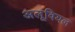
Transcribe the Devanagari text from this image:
अलूवियल